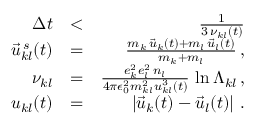
\begin{array} { r l r } { \Delta t } & { < } & { \frac { 1 } { 3 \, \nu _ { k l } ( t ) } } \\ { \vec { u } _ { k l } ^ { \, s } ( t ) } & { = } & { \frac { m _ { k } \, \vec { u } _ { k } ( t ) + m _ { l } \, \vec { u } _ { l } ( t ) } { m _ { k } + m _ { l } } \, , } \\ { \nu _ { k l } } & { = } & { \frac { e _ { k } ^ { 2 } e _ { l } ^ { 2 } \, n _ { l } } { 4 \pi \epsilon _ { 0 } ^ { 2 } m _ { k l } ^ { 2 } u _ { k l } ^ { 3 } \left( t \right) } \, \ln \Lambda _ { k l } \, , } \\ { u _ { k l } ( t ) } & { = } & { \left| \vec { u } _ { k } ( t ) - \vec { u } _ { l } ( t ) \right| \, . } \end{array}